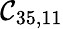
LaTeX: \mathcal{C}_{35,11}